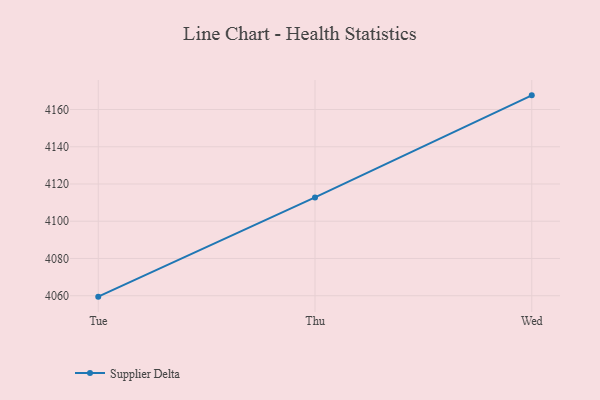
{"axis": {"x": "Day", "y": "Revenue (USD Million)"}, "legend": ["Supplier Delta"], "data": [{"x": "Tue", "y": 4059.5, "type": "Supplier Delta"}, {"x": "Thu", "y": 4112.8, "type": "Supplier Delta"}, {"x": "Wed", "y": 4167.6, "type": "Supplier Delta"}]}